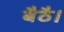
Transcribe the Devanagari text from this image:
बैठै।